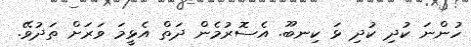
ހުންނަ ކުދި ކުދި ޅަ ކިނބޫ. އެސޮރުމެން ދަތް އެޅީމަ ވަރަށް ތަދުވޭ.